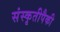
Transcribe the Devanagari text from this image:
संस्कृतीपैकी